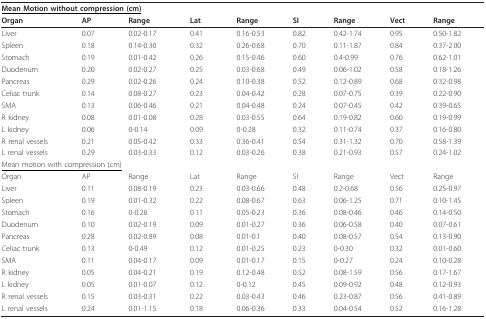
<table><thead><tr><td colspan="4"><b><underline>Mean Motion without compression (cm)</underline></b></td><td></td><td></td><td></td><td></td><td></td></tr><tr><td><b>Organ</b></td><td><b>AP</b></td><td><b>Range</b></td><td><b>Lat</b></td><td><b>Range</b></td><td><b>SI</b></td><td><b>Range</b></td><td><b>Vect</b></td><td><b>Range</b></td></tr></thead><tbody><tr><td>Liver</td><td>0.07</td><td>0.02-0.17</td><td>0.41</td><td>0.16-0.53</td><td>0.82</td><td>0.42-1.74</td><td>0.95</td><td>0.50-1.82</td></tr><tr><td>Spleen</td><td>0.18</td><td>0.14-0.30</td><td>0.32</td><td>0.26-0.68</td><td>0.70</td><td>0.11-1.87</td><td>0.84</td><td>0.37-2.00</td></tr><tr><td>Stomach</td><td>0.19</td><td>0.01-0.42</td><td>0.26</td><td>0.15-0.46</td><td>0.60</td><td>0.4-0.99</td><td>0.76</td><td>0.62-1.01</td></tr><tr><td>Duodenum</td><td>0.20</td><td>0.02-0.27</td><td>0.25</td><td>0.03-0.68</td><td>0.49</td><td>0.06-1.02</td><td>0.58</td><td>0.18-1.26</td></tr><tr><td>Pancreas</td><td>0.29</td><td>0.02-0.26</td><td>0.24</td><td>0.10-0.38</td><td>0.52</td><td>0.12-0.89</td><td>0.68</td><td>0.32-0.98</td></tr><tr><td>Celiac trunk</td><td>0.14</td><td>0.08-0.27</td><td>0.23</td><td>0.04-0.42</td><td>0.28</td><td>0.07-0.75</td><td>0.39</td><td>0.22-0.90</td></tr><tr><td>SMA</td><td>0.13</td><td>0.06-0.46</td><td>0.21</td><td>0.04-0.48</td><td>0.24</td><td>0.07-0.45</td><td>0.42</td><td>0.39-0.65</td></tr><tr><td>R kidney</td><td>0.08</td><td>0.01-0.08</td><td>0.28</td><td>0.03-0.55</td><td>0.64</td><td>0.19-0.82</td><td>0.60</td><td>0.19-0.99</td></tr><tr><td>L kidney</td><td>0.06</td><td>0-0.14</td><td>0.09</td><td>0-0.28</td><td>0.32</td><td>0.11-0.74</td><td>0.37</td><td>0.16-0.80</td></tr><tr><td>R renal vessels</td><td>0.21</td><td>0.05-0.42</td><td>0.33</td><td>0.36-0.41</td><td>0.54</td><td>0.31-1.32</td><td>0.70</td><td>0.58-1.39</td></tr><tr><td>L renal vessels</td><td>0.29</td><td>0.03-0.33</td><td>0.12</td><td>0.03-0.26</td><td>0.38</td><td>0.21-0.93</td><td>0.57</td><td>0.24-1.02</td></tr><tr><td colspan="4"><underline>Mean motion with compression (cm)</underline></td><td></td><td></td><td></td><td></td><td></td></tr><tr><td>Organ</td><td>AP</td><td>Range</td><td>Lat</td><td>Range</td><td>SI</td><td>Range</td><td>Vect</td><td>Range</td></tr><tr><td>Liver</td><td>0.11</td><td>0.08-0.19</td><td>0.23</td><td>0.03-0.66</td><td>0.48</td><td>0.2-0.68</td><td>0.56</td><td>0.25-0.97</td></tr><tr><td>Spleen</td><td>0.19</td><td>0.01-0.32</td><td>0.22</td><td>0.08-0.67</td><td>0.63</td><td>0.06-1.25</td><td>0.71</td><td>0.10-1.45</td></tr><tr><td>Stomach</td><td>0.16</td><td>0-0.28</td><td>0.11</td><td>0.05-0.23</td><td>0.36</td><td>0.08-0.46</td><td>0.46</td><td>0.14-0.50</td></tr><tr><td>Duodenum</td><td>0.10</td><td>0.02-0.19</td><td>0.09</td><td>0.01-0.27</td><td>0.36</td><td>0.06-0.58</td><td>0.40</td><td>0.07-0.61</td></tr><tr><td>Pancreas</td><td>0.28</td><td>0.02-0.89</td><td>0.08</td><td>0.01-0.1</td><td>0.40</td><td>0.08-0.57</td><td>0.54</td><td>0.13-0.90</td></tr><tr><td>Celiac trunk</td><td>0.13</td><td>0-0.49</td><td>0.12</td><td>0.01-0.25</td><td>0.23</td><td>0-0.30</td><td>0.32</td><td>0.01-0.60</td></tr><tr><td>SMA</td><td>0.11</td><td>0.04-0.17</td><td>0.09</td><td>0.01-0.17</td><td>0.15</td><td>0-0.27</td><td>0.24</td><td>0.10-0.28</td></tr><tr><td>R kidney</td><td>0.05</td><td>0.04-0.21</td><td>0.19</td><td>0.12-0.48</td><td>0.52</td><td>0.08-1.59</td><td>0.56</td><td>0.17-1.67</td></tr><tr><td>L kidney</td><td>0.05</td><td>0.01-0.07</td><td>0.12</td><td>0-0.12</td><td>0.45</td><td>0.09-0.92</td><td>0.48</td><td>0.12-0.93</td></tr><tr><td>R renal vessels</td><td>0.15</td><td>0.03-0.31</td><td>0.22</td><td>0.03-0.43</td><td>0.46</td><td>0.23-0.87</td><td>0.56</td><td>0.41-0.89</td></tr><tr><td>L renal vessels</td><td>0.24</td><td>0.01-1.15</td><td>0.18</td><td>0.06-0.36</td><td>0.33</td><td>0.04-0.54</td><td>0.52</td><td>0.16-1.28</td></tr></tbody></table>